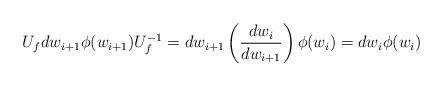
LaTeX: \begin{align*}U_{f}dw_{i+1}\phi(w_{i+1})U_f^{-1}=dw_{i+1}\left(\frac{d w_i}{dw_{i+1}} \right)\phi(w_i)=dw_i \phi(w_i)\end{align*}